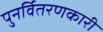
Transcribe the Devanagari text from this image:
पुनर्वितरणकारी